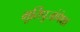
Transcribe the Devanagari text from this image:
मूर्तिपूजांपेक्षा